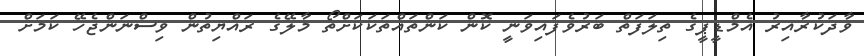
ވާދަކުރާއިރު އެމްޑީޕީގެ ތިލަފަތް ބަރުވެފައިވަނީ ކޮން ކަންތައްތަކަކަށްތޯ މާލޭގެ ރައްޔިތުން ވިސްނަންޖެހޭ ކަމަށް